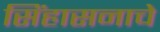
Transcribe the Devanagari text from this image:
सिंहासनाचे